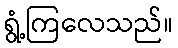
ရွံ့ကြလေသည်။